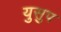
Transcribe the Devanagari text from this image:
युसुप